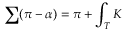
\sum ( \pi - \alpha ) = \pi + \int _ { T } K